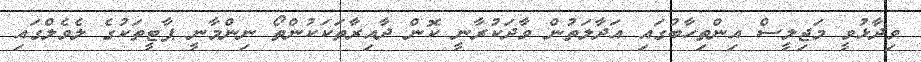
ވިދާޅުވީ މަޖިލީސް އިންތިހާބުގައި އަދާލަތުން ވާދަކުރާނީ ކޮން ދާއިރާތަކަކުންތޯ ނިންމާނީ ޕާޓީތަކުގެ ލެވެލްގައި